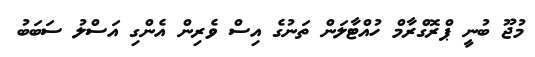
މުޖޫ ބުނީ ޕްރޮގްރާމް ހުއްޓާލަން ތަނުގެ އިސް ވެރިން އެންގި އަސްލު ސަބަބު